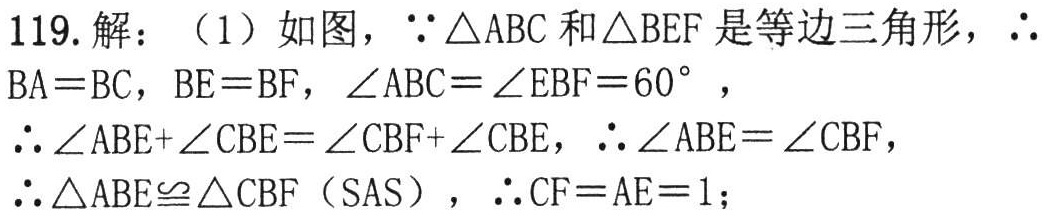
119. 解：（1）如图，$\because\triangle \mathrm{ABC}$和$\triangle \mathrm{BEF}$是等边三角形，$\therefore$
$\mathrm{BA}=\mathrm{BC}$，$\mathrm{BE}=\mathrm{BF}$，$\angle \mathrm{ABC}=\angle \mathrm{EBF}=60^{\circ}$，
$\therefore\angle \mathrm{ABE}+\angle \mathrm{CBE}=\angle \mathrm{CBF}+\angle \mathrm{CBE}$，$\therefore\angle \mathrm{ABE}=\angle \mathrm{CBF}$，
$\therefore\triangle \mathrm{ABE}\cong\triangle \mathrm{CBF}$（SAS），$\therefore \mathrm{CF}=\mathrm{AE}=1$；